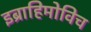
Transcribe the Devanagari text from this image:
इब्राहिमोविच